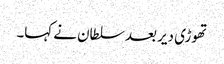
تھوڑی دیر بعد سلطان نے کہا۔